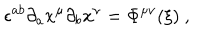
\epsilon ^ { a b } \partial _ { a } x ^ { \mu } \partial _ { b } x ^ { \nu } = \Phi ^ { \mu \nu } ( { \xi } ) \ ,